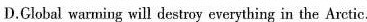
D.Global warning will destroy everything in the Arctic.